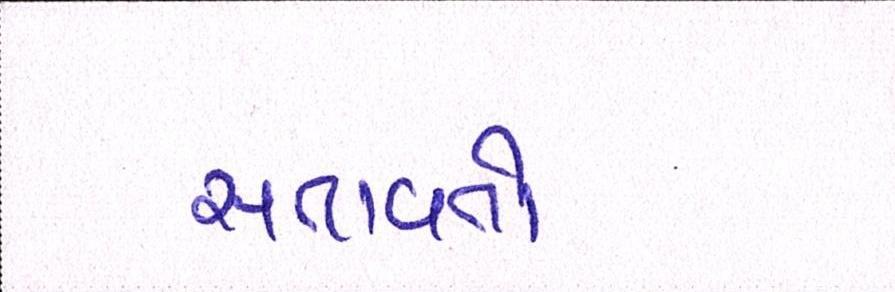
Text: સતાવતો